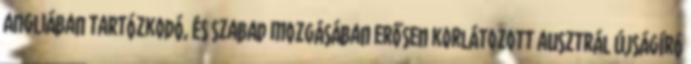
Angliában tartózkodó, és szabad mozgásában erősen korlátozott ausztrál újságíró